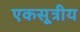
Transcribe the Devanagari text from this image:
एकसूत्रीय